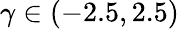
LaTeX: \gamma\in(-2.5,2.5)